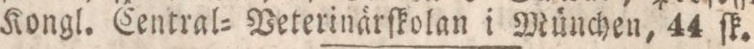
Kongl. Central= Veterinärſkolan i München, 44 ſk.